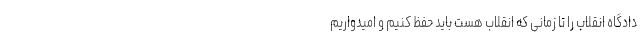
دادگاه انقلاب را تا زمانی که انقلاب هست باید حفظ کنیم و امیدواریم